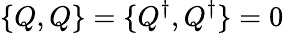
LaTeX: \{ Q,Q\} =\{ Q^{\dagger},Q^{\dagger}\} =0